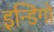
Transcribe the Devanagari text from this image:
इन्डिगो